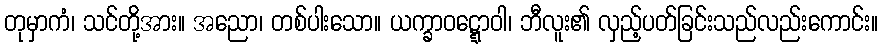
တုမှာကံ၊ သင်တို့အား။ အညော၊ တစ်ပါးသော။ ယက္ခာဝဋ္ဋောဝါ၊ ဘီလူး၏ လှည့်ပတ်ခြင်းသည်လည်းကောင်း။